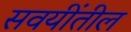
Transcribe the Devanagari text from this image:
सवयींतील